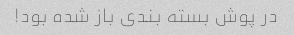
در پوش بسته بندى باز شده بود!